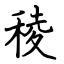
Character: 稜